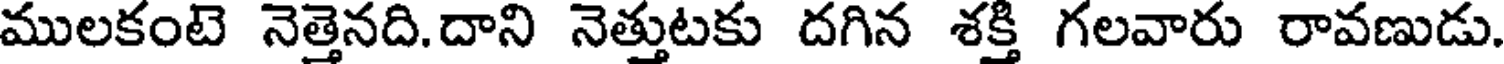
ములకంటె నెత్తెనది.దాని నెత్తుటకు దగిన శక్తి గలవారు రావణుడు.